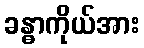
ခန္ဓာကိုယ်အား